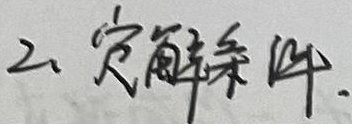
2. 定解条件.